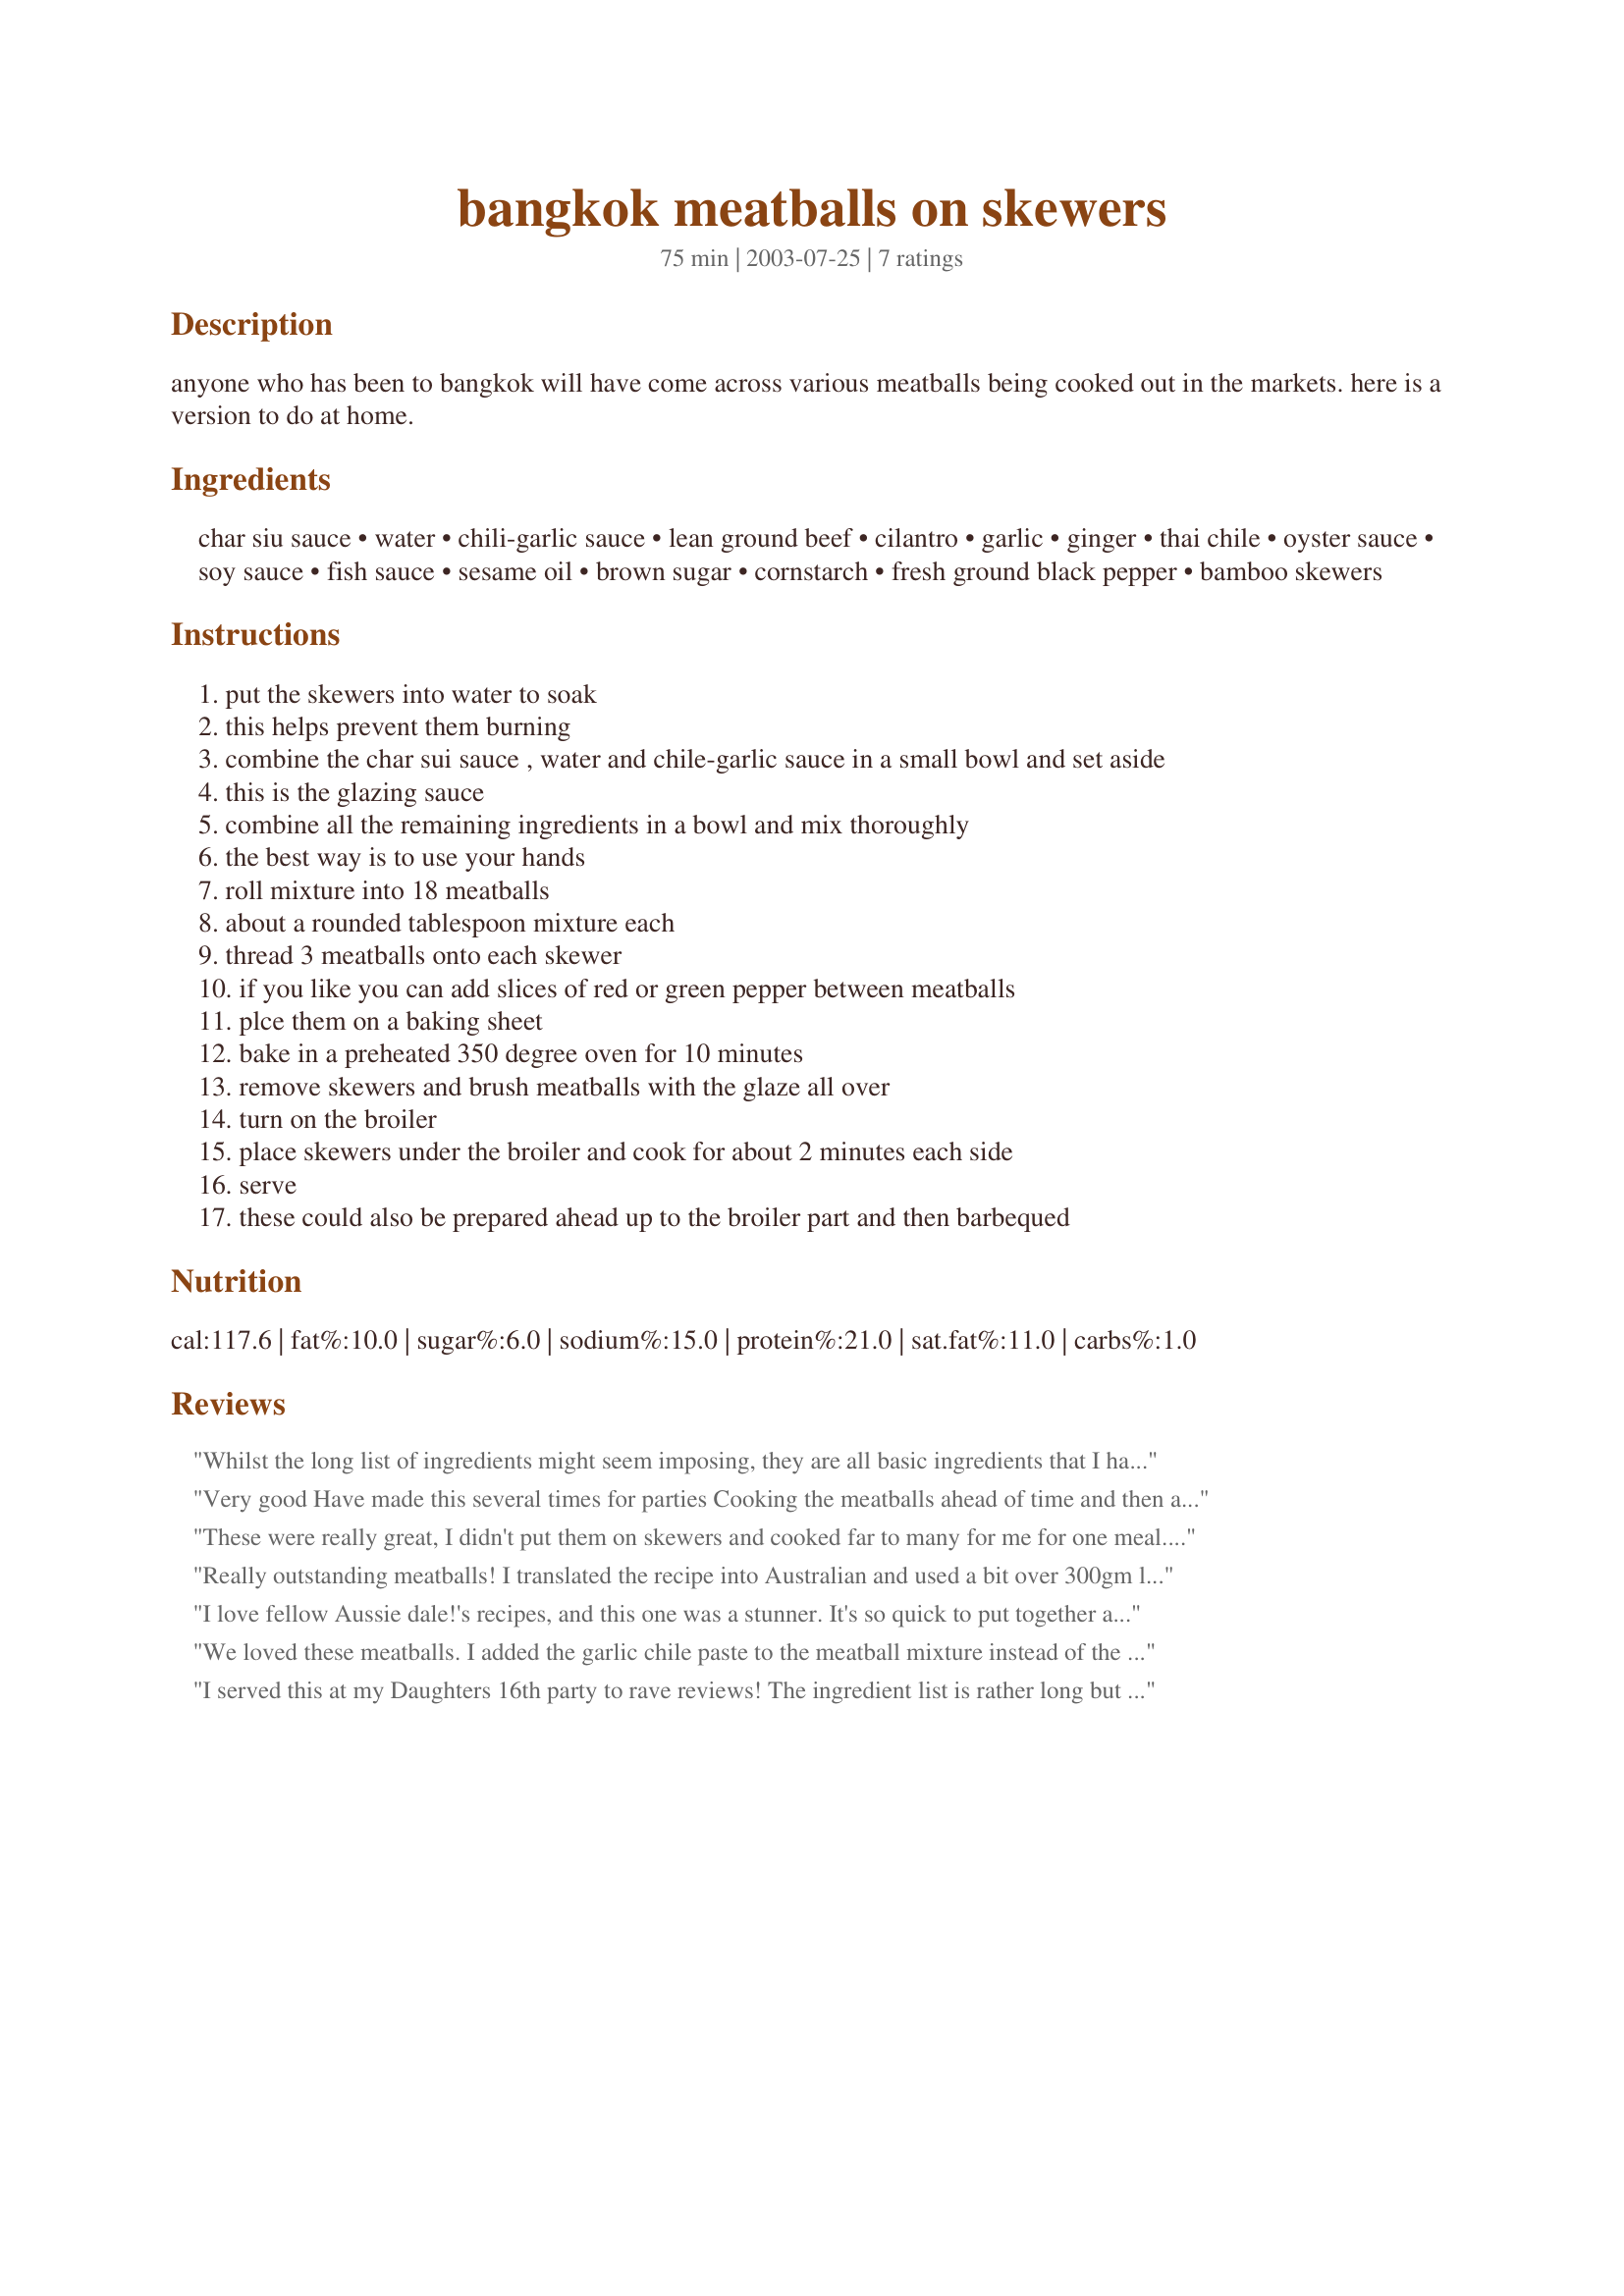
bangkok meatballs on skewers
Preparation time: 75 minutes

anyone who has been to bangkok will have come across various meatballs being cooked out in the markets. here is a version to do at home.

Ingredients:
char siu sauce, water, chili-garlic sauce, lean ground beef, cilantro, garlic, ginger, thai chile, oyster sauce, soy sauce, fish sauce, sesame oil, brown sugar, cornstarch, fresh ground black pepper, bamboo skewers

Steps:
put the skewers into water to soak
this helps prevent them burning
combine the char sui sauce , water and chile-garlic sauce in a small bowl and set aside
this is the glazing sauce
combine all the remaining ingredients in a bowl and mix thoroughly
the best way is to use your hands
roll mixture into 18 meatballs
about a rounded tablespoon mixture each
thread 3 meatballs onto each skewer
if you like you can add slices of red or green pepper between meatballs
plce them on a baking sheet
bake in a preheated 350 degree oven for 10 minutes
remove skewers and brush meatballs with the glaze all over
turn on the broiler
place skewers under the broiler and cook for about 2 minutes each side
serve
these could also be prepared ahead up to the broiler part and then barbequed

Reviews:
Whilst the long list of ingredients might seem imposing, they are all basic ingredients that I have on hand.I used ground pork, (personal preference of family) This is really a very simple recipe,easy to prepare and VERY tasty. Great for a BBQ.
Very good
Have made this several times for parties
Cooking the meatballs ahead of time and then adding glaze and reheating
These were really great, I didn't put them on skewers and cooked far to many for me for one meal. But these are really good cold in fact I think I preferred them cold. Would make a great appetiser with drinks.
Really outstanding meatballs! I translated the recipe into Australian and used a bit over 300gm lean beef and I'm guessing that broiling means grilling! All ingredients are always in the pantry so this was a very easy recipe. I used 1/2 tsp siraccha sauce rather than chillies and the heat was perfect. Served with coconut rice, fantastic meal - thanks for posting!
I love fellow Aussie dale!'s recipes, and this one was a stunner. It's so quick to put together and to cook, and it was really enjoyed by all. I wish I could give it more stars. We think it would be great made into larger hamburgers, or even into meatloaf, which would be so yummy cold. It was good, because it contains things we always have on hand.
We loved these meatballs. I added the garlic chile paste to the meatball mixture instead of the glaze. I baked them in a 350 degree oven. Tossed them with some Thai Sweet Chile Sauce, and nuked them for a couple minutes. Everyone loved them. Thanks for a great recipe.
I served this at my Daughters 16th party to rave reviews! The ingredient list is rather long but uses ing. always found in my cupboard. I doubled the recipe n served 2 balls on each mini skewer seperated by a piece of red capcicum. I made the recipe to step 12 the morning of the party (balls hold together perfectly) then just heated through on the BBQ to be served with drinks.YUM!!
